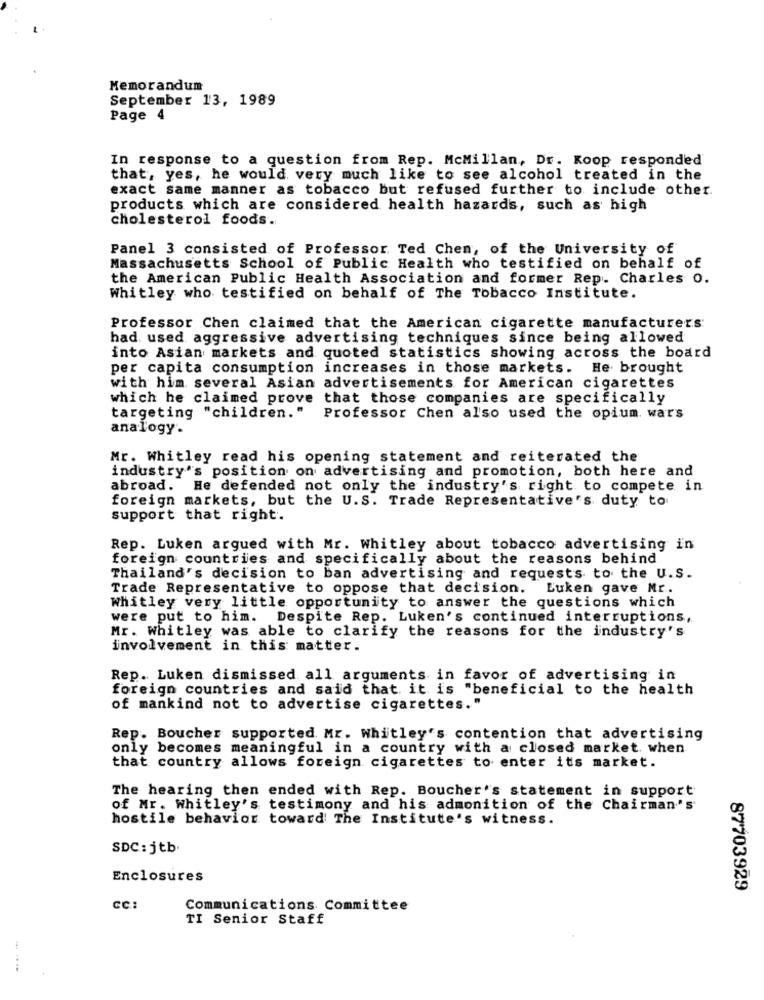
Memorandum
September 13, 1989
Page 4
In response to a question from Rep. McMillan, Dr. Koop responded
that, yes, he would very much like to see alcohol treated in the
exact same manner as tobacco but refused further to include other.
products which are considered health hazards, such as high
cholesterol foods.
Panel 3 consisted of Professor Ted Chen, of the University of
Massachusetts School of Public Health who testified on behalf of
the American Public Health Association and former Rep. Charles o.
Whitley who testified on behalf of The Tobacco Institute.
Professor Chen claimed that the American cigarette manufacturers
had used aggressive advertising techniques since being allowed
into Asian markets and quoted statistics showing across the board
per capita consumption increases in those markets. He brought
with him several Asian advertisements for American cigarettes
which he claimed prove that those companies are specifically
targeting "children."
Professor Chen also used the opium. wars
analogy.
Mr. Whitley read his opening statement and reiterated the
industry's position on advertising and promotion, both here and
abroad. He defended not only the industry's right to compete in
foreign markets, but the U.S. Trade Representative's duty to
support that right.
Rep. Luken argued with Mr. Whitley about tobacco advertising in
foreign countries and specifically about the reasons behind
Thailand's decision to ban advertising and requests to the U.S.
Trade Representative to oppose that decision. Luken gave Mr.
Whitley very little opportunity to answer the questions which
were put to him. Despite Rep. Luken's continued interruptions,
Mr. Whitley was able to clarify the reasons for the industry's
involvement in this matter.
Rep. Luken dismissed all arguments in favor of advertising in
foreign countries and said that it is "beneficial to the health
of mankind not to advertise cigarettes."
Rep. Boucher supported. Mr. Whitley's contention that advertising
only becomes meaningful in a country with a closed market. when
that country allows foreign cigarettes to enter its market.
The hearing then ended with Rep. Boucher's statement in support
of Mr. Whitley's testimony and his admonition of the Chairman's
hostile behavior toward The Institute's witness.
SDC: jtb.
Enclosures
87703929
CC:
Communications Committee
TI Senior Staff